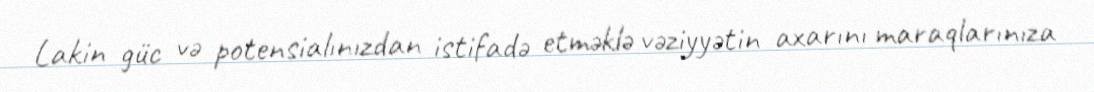
Lakin güc və potensialınızdan istifadə etməklə vəziyyətin axarını maraqlarınıza